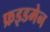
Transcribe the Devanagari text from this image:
फ्रइडमेन